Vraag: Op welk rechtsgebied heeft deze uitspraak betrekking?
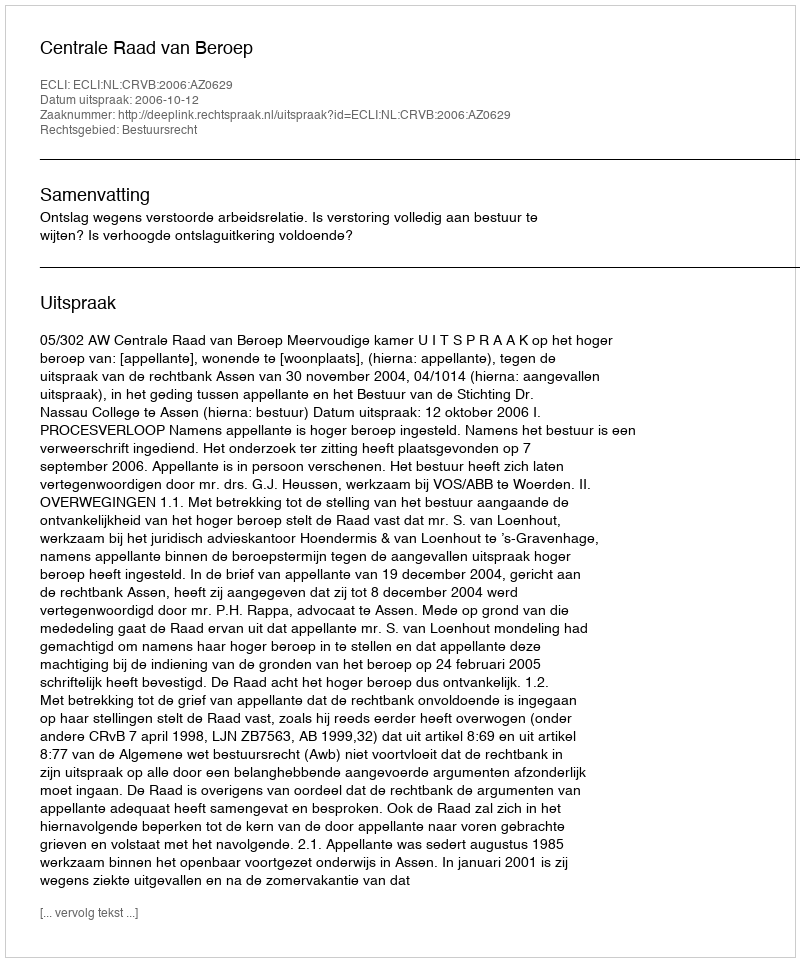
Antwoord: Bestuursrecht